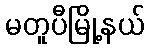
မတူပီမြို့နယ်